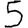
Digit: 5